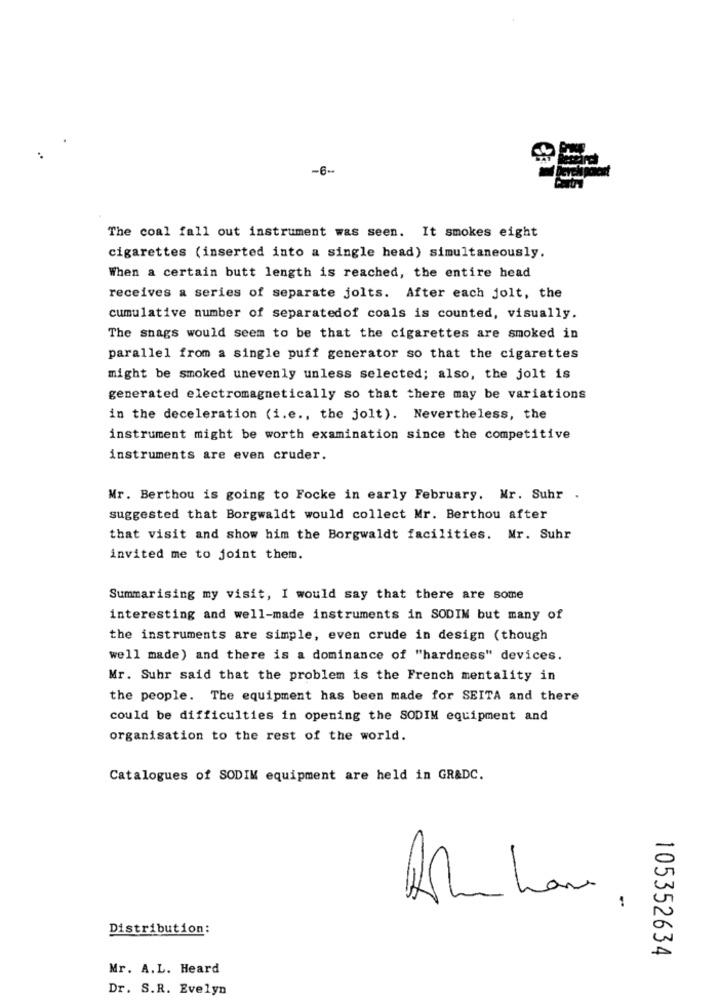
-6-
The coal fall out instrument was seen. It smokes eight
cigarettes (inserted into a single head) simultaneously.
When a certain butt length is reached, the entire head
receives a series of separate jolts. After each jolt, the
cumulative number of separatedof coals is counted, visually.
The snags would seem to be that the cigarettes are smoked in
parallel from a single puff generator so that the cigarettes
might be smoked unevenly unless selected; also, the jolt is
generated electromagnetically so that there may be variations
in the deceleration (i.e ., the jolt). Nevertheless, the
instrument might be worth examination since the competitive
instruments are even cruder.
Mr. Berthou is going to Focke in early February. Mr. Suhr
suggested that Borgwaldt would collect Mr. Berthou after
that visit and show him the Borgwaldt facilities. Mr. Suhr
invited me to joint them.
Summarising my visit, I would say that there are some
interesting and well-made instruments in SODIM but many of
the instruments are simple, even crude in design (though
well made) and there is a dominance of "hardness" devices.
Mr. Suhr said that the problem is the French mentality in
the people. The equipment has been made for SEITA and there
could be difficulties in opening the SODIM equipment and
organisation to the rest of the world.
Catalogues of SODIK equipment are held in GR&DC.
Distribution:
105352634
Mr. A.L. Heard
Dr. S.R. Evelyn